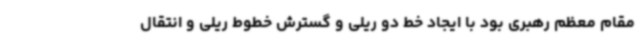
مقام معظم رهبری بود با ایجاد خط دو ریلی و گسترش خطوط ریلی و انتقال